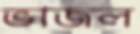
ভাজল